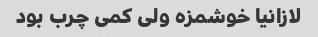
لازانیا خوشمزه ولی کمی چرب بود